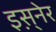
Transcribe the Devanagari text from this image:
इस़्नेर